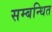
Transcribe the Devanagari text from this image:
सम्‍बन्‍धित